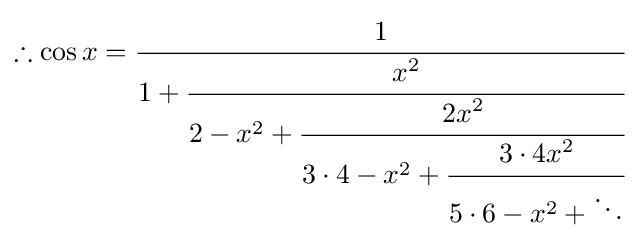
\therefore \cos x={\cfrac {1}{1+{\cfrac {x^{2}}{2-x^{2}+{\cfrac {2x^{2}}{3\cdot 4-x^{2}+{\cfrac {3\cdot 4x^{2}}{5\cdot 6-x^{2}+\ddots }}}}}}}}